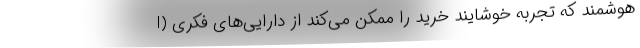
هوشمند که تجربه خوشایند خرید را ممکن می‌کند از دارایی‌های فکری (I